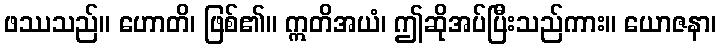
ဖဿသည်။ ဟောတိ၊ ဖြစ်၏။ ဣတိအယံ၊ ဤဆိုအပ်ပြီးသည်ကား။ ယောဇနာ၊